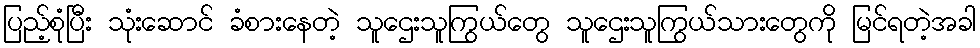
ပြည့်စုံပြီး သုံးဆောင် ခံစားနေတဲ့ သူဌေးသူကြွယ်တွေ သူဌေးသူကြွယ်သားတွေကို မြင်ရတဲ့အခါ